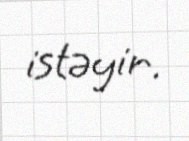
istəyir.